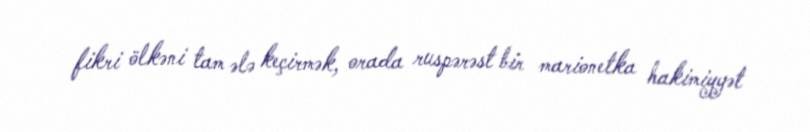
fikri ölkəni tam ələ keçirmək, orada ruspərəst bir marionetka hakimiyyət